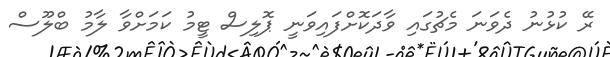
ރޭ ކުޅުނު ދެވަނަ މެޗުގައި ވާދަކޮށްފައިވަނީ ޕޮލިސް ޓީމު ކަމަށްވާ ލާމު ބްލޫސް